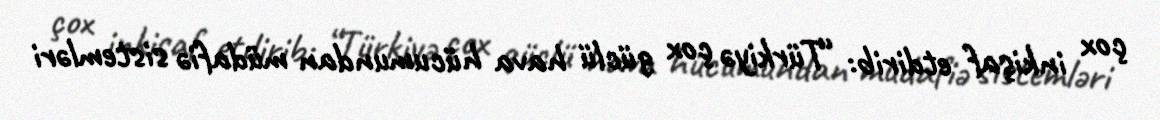
çox inkişaf etdirib: “Türkiyə çox güclü hava hücumundan müdafiə sistemləri